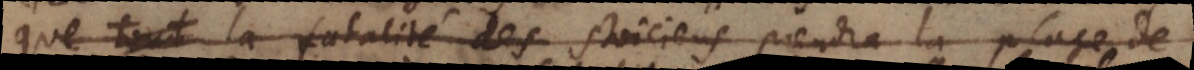
tout (b) la fatalité des Stoiciens prendra la place de